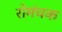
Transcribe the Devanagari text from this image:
रोमंचक